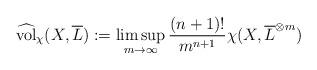
LaTeX: \begin{align*}\widehat{\rm vol}_{\chi}(X,\overline{L}):= \limsup_{m \to\infty} \frac{(n+1)!}{m^{n+1}} \chi(X,\overline{L}^{\otimes m})\end{align*}